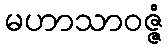
မဟာသာဝဇ္ဇံ